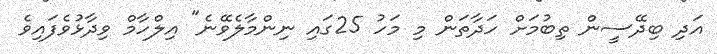
އަދި ބިދޭސީން ތިބުމަށް ހަދާތަން މި މަހު 25ގައި ނިންމާލެވޭނެ" އިލްހާމް ވިދާޅުވެފައިވެ